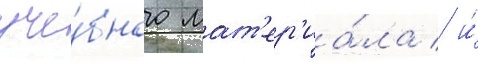
уче́бного мат'ер'иа́ла / и́